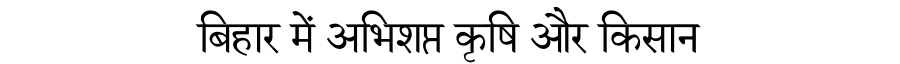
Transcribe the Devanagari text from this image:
बिहार में अभिशप्त कृषि और किसान